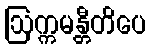
ဩက္ကမန္တီတိပေ